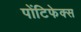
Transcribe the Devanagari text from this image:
पोंटिफेक्स